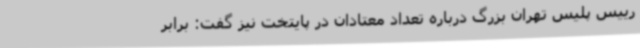
رییس پلیس تهران بزرگ درباره تعداد معتادان در پایتخت نیز گفت: برابر